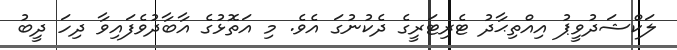
ލަކްޝަދުވީޕު އިއްތިޙާދު ޓެރިޓަރީގެ ދެކުނުގަ އެވެ. މި އަތޮޅުގެ އާބާދުވެފައިވާ ދިހަ ދީބު